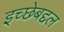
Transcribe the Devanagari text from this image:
इच्छेबद्दल